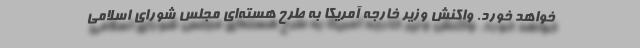
خواهد خورد. واکنش وزیر خارجه آمریکا به طرح هسته‌ای مجلس شورای اسلامی